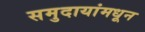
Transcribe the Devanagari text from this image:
समुदायांमधून